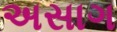
અસાગ